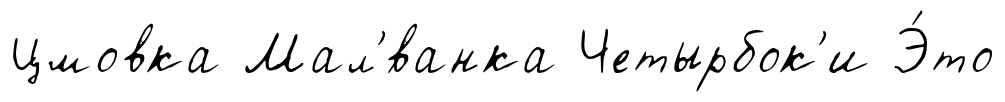
Цмовка Мал'́ванка Четырбок'и Э́то